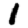
Digit: 1